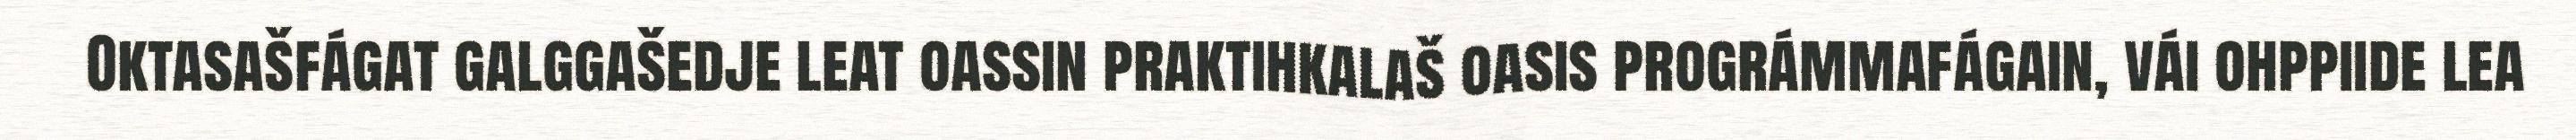
Oktasašfágat galggašedje leat oassin praktihkalaš oasis prográmmafágain, vái ohppiide lea